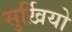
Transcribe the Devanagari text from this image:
सुर्ख़ियो